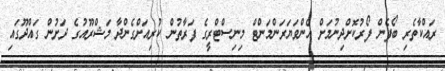
ރައްކާތެރި ބޯފެން ފޯރުކޮށްދިނުމަށް އެންވަޔަރަންމަންޓް މިނިސްޓްރީގެ ފަރާތުން ކުރިއަށްގެންދާ މަޝްރޫއުގެ ދަށުން ގައްދޫގައި